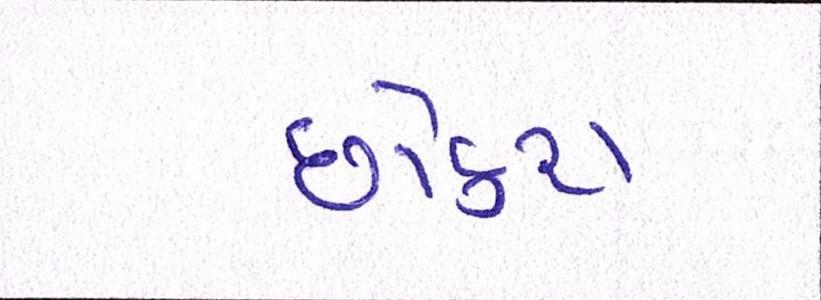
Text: છોકરા